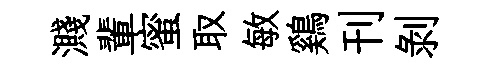
濺輩蜜取敏鷄刊剥